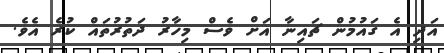
އަދި އެ ގައުމުން ޗައިނާ އަށް ވެސް މިހާރު ދަތުރުތައް ކުރެ އެވެ.